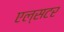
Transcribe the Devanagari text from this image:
एल्सटर